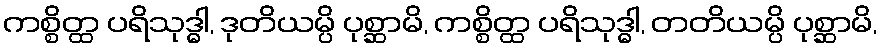
ကစ္စိတ္ထ ပရိသုဒ္ဓါ, ဒုတိယမ္ပိ ပုစ္ဆာမိ, ကစ္စိတ္ထ ပရိသုဒ္ဓါ, တတိယမ္ပိ ပုစ္ဆာမိ,